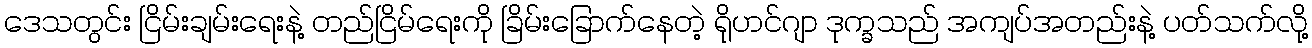
ဒေသတွင်း ငြိမ်းချမ်းရေးနဲ့ တည်ငြိမ်ရေးကို ခြိမ်းခြောက်နေတဲ့ ရိုဟင်ဂျာ ဒုက္ခသည် အကျပ်အတည်းနဲ့ ပတ်သက်လို့